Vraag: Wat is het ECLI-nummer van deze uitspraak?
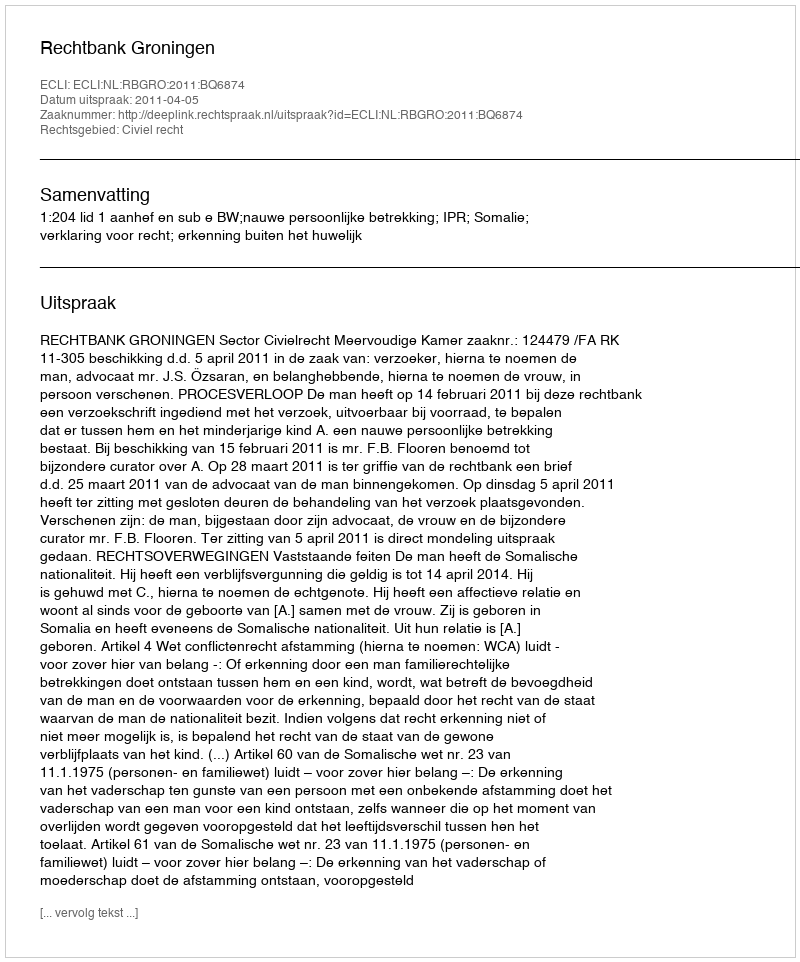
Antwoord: ECLI:NL:RBGRO:2011:BQ6874